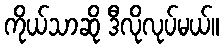
ကိုယ်သာဆို ဒီလိုလုပ်မယ်။